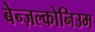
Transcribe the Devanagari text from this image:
बेन्ज़ल्कोनिउम